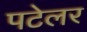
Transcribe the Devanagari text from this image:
पटेलर